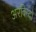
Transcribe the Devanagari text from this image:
अरविन्दो